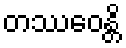
တဿေဝန္တိ